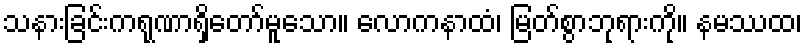
သနားခြင်းကရုဏာရှိတော်မူသော။ လောကနာထံ၊ မြတ်စွာဘုရားကို။ နမဿထ၊